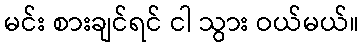
မင်း စားချင်ရင် ငါ သွား ဝယ်မယ်။